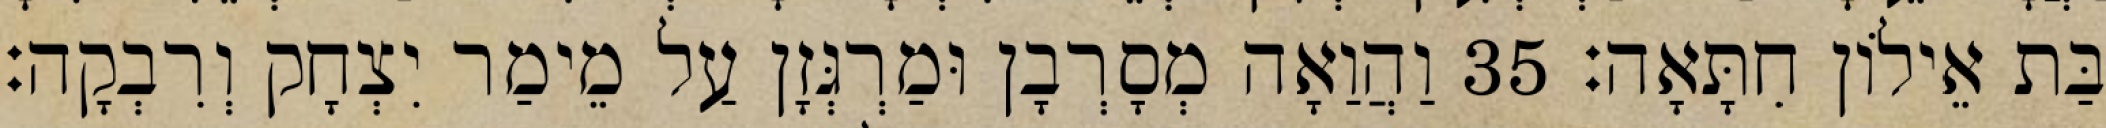
בַּת אֵילוֹן חִתָּאָה׃ 35 וַהֲוַאָה מְסָרְבָן וּמַרְגְּזָן עַל מֵימַר יִצְחָק וְרִבְקָה׃